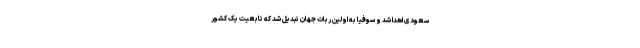
سعودی اهدا شد و سوفیا به اولین ربات جهان تبدیل شد که تابعیت یک کشور